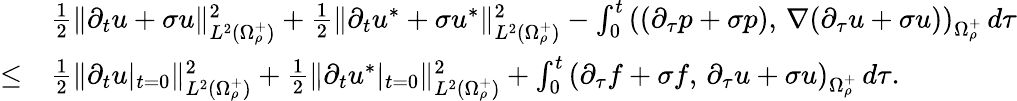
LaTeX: \begin{array}{r}{\begin{array}{rl}&{\frac{1}{2}\| \partial_{t}u+\sigma u\| _{L^{2}(\Omega_{\rho}^{+})}^{2}+\frac{1}{2}\| \partial_{t}u^{*}+\sigma u^{*}\| _{L^{2}(\Omega_{\rho}^{+})}^{2}-\int_{0}^{t}\left((\partial_{\tau}p+\sigma p),\, \nabla(\partial_{\tau}u+\sigma u)\right)_{\Omega_{\rho}^{+}}\, d\tau}\\ {\leq}&{\frac{1}{2}\| \partial_{t}u|_{t=0}\| _{L^{2}(\Omega_{\rho}^{+})}^{2}+\frac{1}{2}\| \partial_{t}u^{*}|_{t=0}\| _{L^{2}(\Omega_{\rho}^{+})}^{2}+\int_{0}^{t}\left(\partial_{\tau}f+\sigma f,\, \partial_{\tau}u+\sigma u\right)_{\Omega_{\rho}^{+}}\, d\tau.}\end{array}}\end{array}